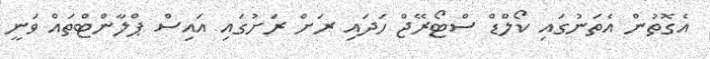
އެގޮތުން އެތަނުގައި ކޯލްޑް ސްޓޯރޭޖް ހަދައި ރަށް ރަށުގައި އައިސް ޕްލާންޓްތައް ވަނީ